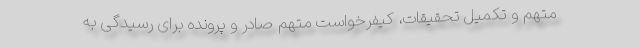
متهم و تکمیل تحقیقات، کیفرخواست متهم صادر و پرونده برای رسیدگی به